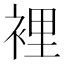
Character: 裡